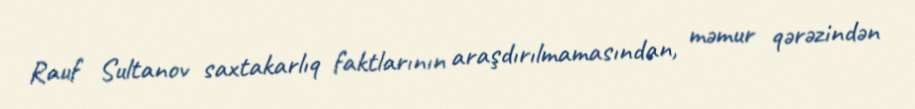
Rauf Sultanov saxtakarlıq faktlarının araşdırılmamasından, məmur qərəzindən